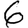
Digit: 6